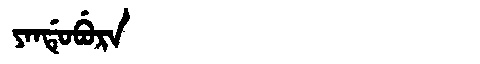
Manchu: ᠶᠠᠨᡩᡠᠪᡠᡵᠠ
Romanization: YANDUBURA